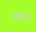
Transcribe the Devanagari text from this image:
श्रीला